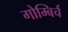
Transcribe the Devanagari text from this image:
गोम्बिर्च